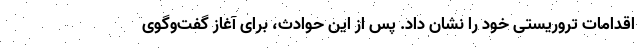
اقدامات تروریستی خود را نشان داد. پس از این حوادث، برای آغاز گفت‌وگوی